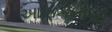
આફિકનોની